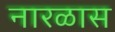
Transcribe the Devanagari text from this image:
नारळास